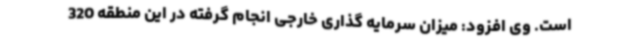
است. وی افزود: میزان سرمایه گذاری خارجی انجام گرفته در این منطقه 320